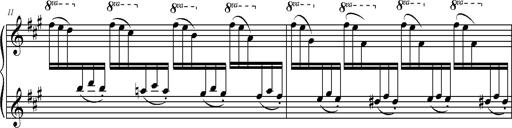
Title: 2 LÃ©gendes
Composer: Franz Liszt